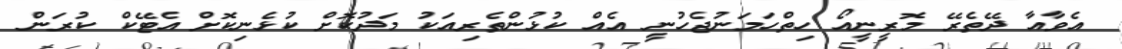
އެވާއާ ދޭތެރޭ މޮރީނީއޯ ހިތްހަމަނުޖެހުނީ އެއް ކުޅުންތެރިއަކު މަދުކޮށް ކުޅެނިކޮށް އެޓޭކް ކުރަން